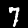
Digit: 7